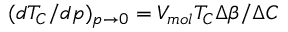
( d T _ { C } / d p ) _ { p \rightarrow 0 } = V _ { m o l } T _ { C } \Delta \beta / \Delta C